Insane asylums in Bengal annual reports 1867-1875 - 1867-1875
Year: 1867
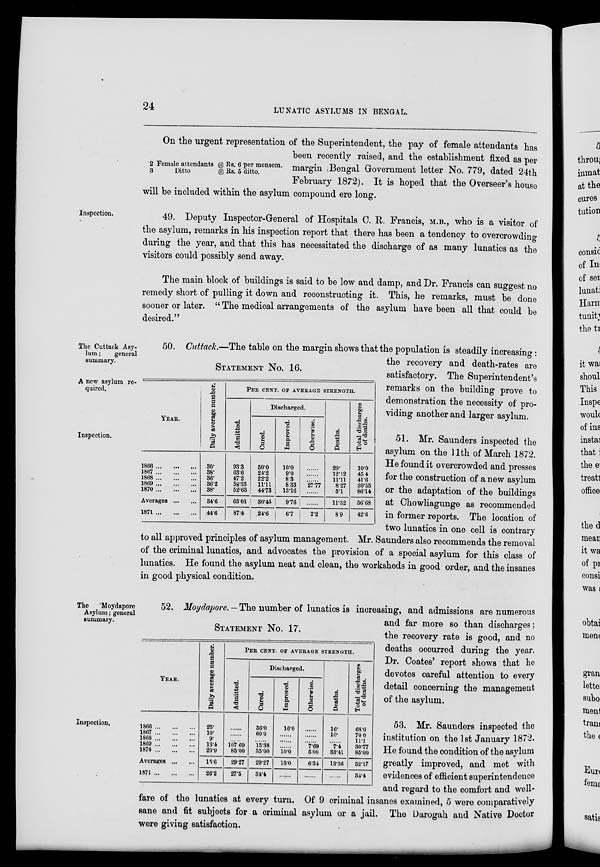
24
LUNATIC ASYLUMS IN BENGAL.
2 Female attendants
3
Ditto
@ Rs. 6 per mensem.
@ Rs. 5 ditto.
On the urgent representation of the Superintendent, the pay of female attendants has
been recently raised, and the establishment fixed as per
margin Bengal Government letter No. 779, dated 24th
February 1872). It is hoped that the Overseer's house
will be included within the asylum compound ere long.
Inspection.
49. Deputy Inspector-General of Hospitals C. R. Francis, M.B., who is a visitor of
the asylum, remarks in his inspection report that there has been a tendency to overcrowding
during the year, and that this has necessitated the discharge of as many lunatics as the
visitors could possibly send away.
The main block of buildings is said to be low and damp, and Dr. Francis can suggest no
remedy short of pulling it down and reconstructing it. This, he remarks, must be done
sooner or later. " The medical arrangements of the asylum have been all that could be
desired."
STATEMENT No. 16.
YEAR.
1866 ... ... ...
1867 ... ... ...
1868 ... ... ...
1869 ... ... ...
1870 ... ... ...
Averages ... ...
1871 ... ... ...
Daily average number.
30.
38.
36.
36.2
38.
34.6
44.6
PER CENT. OF AVERAGE STRENGTH.
Admitted.
93.3
63.6
47.2
58.33
52.63
63.01
87.4
Discharged.
Cured.
50.0
24.2
22.2
11.11
44.73
30.45
24.6
Improved.
10.0
9.0
8.3
8.33
13.16
9.76
6.7
Otherwise.
......
......
......
27.77
......
......
2.2
Deaths.
20.
12.12
11.11
8.27
5.1
11.32
8.9
Total discharges
of deaths.
10.0
45.4
41.6
30.55
86.14
56.68
42.6
The Cuttack Asy-
lum ;
general
summary.
A new asylum re-
quired.
50. Cuttack.—The table on the margin shows that the population is steadily increasing:
the recovery and death-rates are
satisfactory. The Superintendent's
remarks on the building prove to
demonstration the necessity of pro-
viding another and larger asylum.
Inspection.
51. Mr. Saunders inspected the
asylum on the 11th of March 1872.
He found it overcrowded and presses
for the construction of a new asylum
or the adaptation of the buildings
at Chowliagunge as recommended
in former reports. The location of
two lunatics in one cell is contrary
to all approved principles of asylum management. Mr. Saunders also recommends the removal
of the criminal lunatics, and advocates the provision of a special asylum for this class of
lunatics. He found the asylum neat and clean, the worksheds in good order, and the insanes
in good physical condition.
STATEMENT No. 17.
YEAR.
1866 ... ... ...
1867 ... ... ...
1868 ... ... ...
1869 ... ... ...
1870 ... ... ...
Averages ... ...
1871 ... ... ...
Daily average number.
25.
10.
9.
13.4
20.9
15.6
26.2
PER CENT. OF AVERAGE STRENGTH.
Admitted.
......
......
......
107.69
85.00
29.27
27.5
Discharged.
Cured.
36.0
60.0
......
15.38
35.00
29.27
34.4
Improved.
16.0
......
......
10.0
13.0
......
Otherwise.
......
......
......
7.69
5.00
6.34
......
Deaths.
16.
10.
......
7.4
33.41
13.36
......
Total discharges
of deaths.
68.0
70.0
11.1
30.77
85.00
52.17
34.4
The
Moydapore
Asylum ; general
summary.
52. Moydapore. — The number of lunatics is increasing, and admissions are numerous
and far more so than discharges;
the recovery rate is good, and no
deaths occurred during the year.
Dr. Coates' report shows that he
devotes careful attention to every
detail concerning the management
of the asylum.
Inspection.
53. Mr. Saunders inspected the
institution on the 1st January 1872.
He found the condition of the asylum
greatly improved, and met with
evidences of efficient superintendence
and regard to the comfort and well-
fare of the lunatics at every turn. Of 9 criminal insanes examined, 5 were comparatively
sane and fit subjects for a criminal asylum or a jail. The Darogah and Native Doctor
were giving satisfaction.